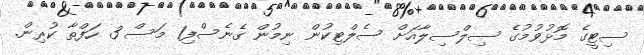
ސިޓީގެ މޮޅުވުމުގެ ސިލްސިލާއަށް ސެލްޓިކުން ނިމުން ގެނެސްފި1 މަސް 3 ހަފްތާ ކުރިން.